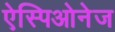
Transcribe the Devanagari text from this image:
ऐस्पिओनेज